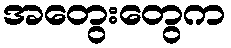
အတွေးတွေက